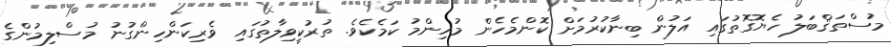
މުސްތަޤްބަލު ހެޔޮގޮތުގައި އަލުން ބިނާކުރުމަށް ކޮންމެހެން މުހިންމު ކަމެކެވެ. ތުރުކީވިލާތުގައި ވެރިކަންހިންގުނު މުސްލިމުންގެ